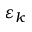
\varepsilon _ { k }